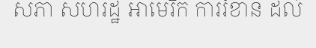
សភា សហរដ្ឋ អាមេរិក ការរំខាន ដល់